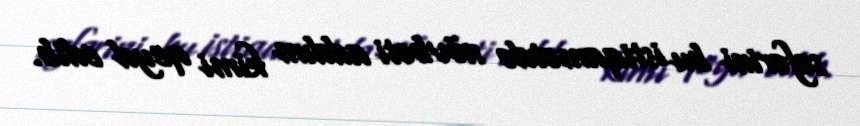
səfərini bu istiqamətdə növbəti addım kimi qeyd edib.